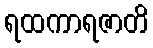
ရထကာရဇာတိ